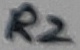
Text: R2